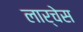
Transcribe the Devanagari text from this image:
लार्चेस